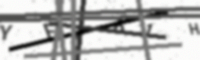
Text: YF161H